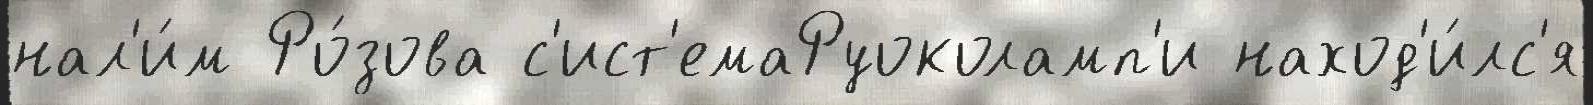
нал'и́м Ро́зова с'ист'емаРуоколамп'и наход'и́лс'я